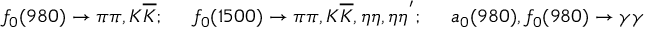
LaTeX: f _ { 0 } ( 9 8 0 ) \to \pi \pi , K \overline { { K } } ; \quad \ f _ { 0 } ( 1 5 0 0 ) \to \pi \pi , K \overline { { K } } , \eta \eta , \eta \eta ^ { ' } ; \quad \ a _ { 0 } ( 9 8 0 ) , f _ { 0 } ( 9 8 0 ) \to \gamma \gamma \nonumber